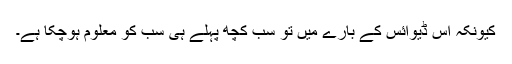
کیونکہ اس ڈیوائس کے بارے میں تو سب کچھ پہلے ہی سب کو معلوم ہوچکا ہے۔